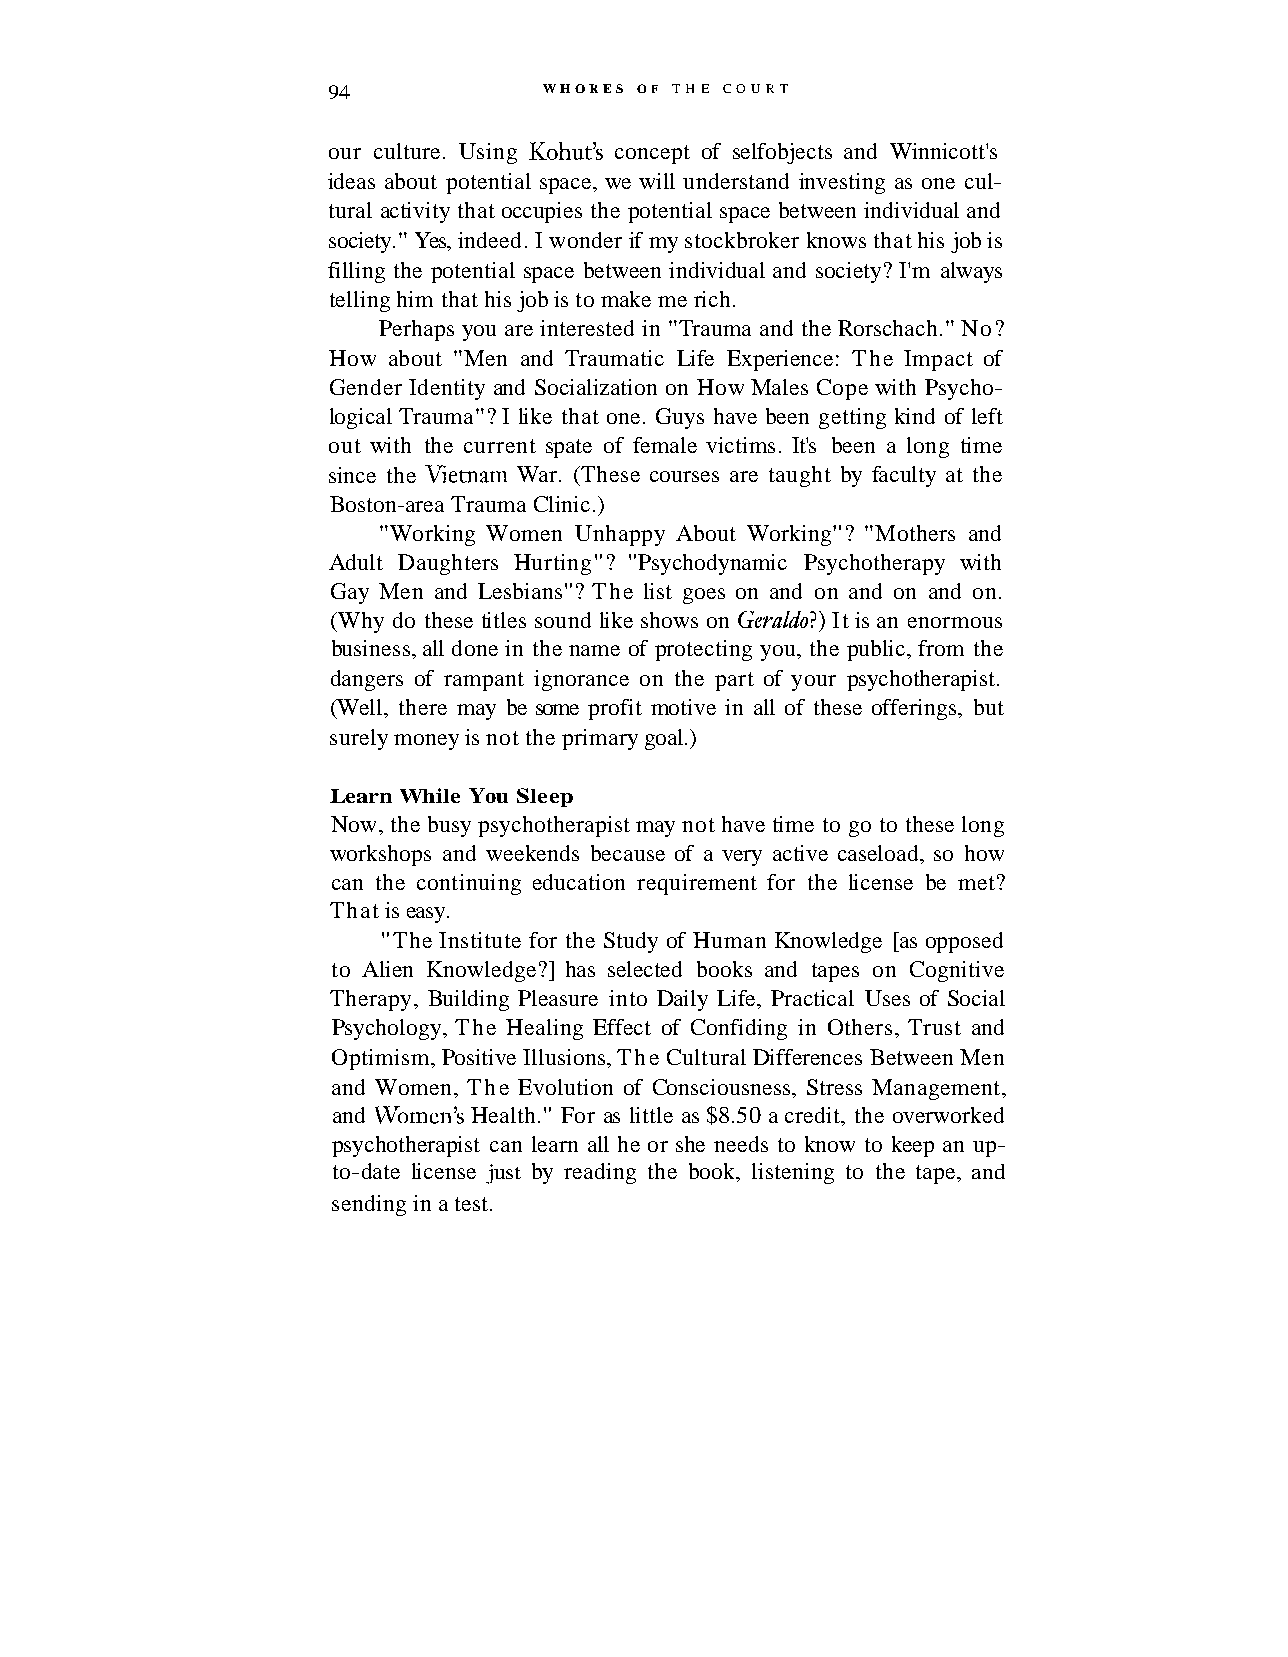
94            WHORES OF THE COURT
 our culture. Using Kohut's concept of selfobjects and Winnicott's
 ideas about potential space, we will understand investing as one cul-
 tural activity that occupies the potential space between individual and
 society." Yes, indeed. I wonder if my stockbroker knows that his job is
 filling the potential space between individual and society? I'm always
 telling him that his job is to make me rich.
 Perhaps you are interested in "Trauma and the Rorschach." No?
 How about "Men and Traumatic Life Experience: The Impact of
 Gender Identity and Socialization on How Males Cope with Psycho-
 logical Trauma"? I like that one. Guys have been getting kind of left
 out with the current spate of female victims. It's been a long time
 since the Vietnam War. (These courses are taught by faculty at the
 Boston-area Trauma Clinic.)
 "Working Women Unhappy About Working"? "Mothers and
 Adult Daughters Hurting"? "Psychodynamic Psychotherapy with
 Gay Men and Lesbians"? The list goes on and on and on and on.
 (Why do these titles sound like shows on Geraldo?) It is an enormous
 business, all done in the name of protecting you, the public, from the
 dangers of rampant ignorance on the part of your psychotherapist.
 (Well, there may be some profit motive in all of these offerings, but
 surely money is not the primary goal.)
 Learn While You Sleep
 Now, the busy psychotherapist may not have time to go to these long
 workshops and weekends because of a very active caseload, so how
 can the continuing education requirement for the license be met?
 That is easy.
 "The Institute for the Study of Human Knowledge [as opposed
 to Alien Knowledge?] has selected books and tapes on Cognitive
 Therapy, Building Pleasure into Daily Life, Practical Uses of Social
 Psychology, The Healing Effect of Confiding in Others, Trust and
 Optimism, Positive Illusions, The Cultural Differences Between Men
 and Women, The Evolution of Consciousness, Stress Management,
 and Women's Health." For as little as $8.50 a credit, the overworked
 psychotherapist can learn all he or she needs to know to keep an up-
 to-date license just by reading the book, listening to the tape, and
 sending in a test.